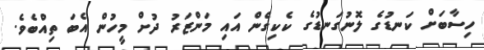
ހިސާބަށް ކަނޑުގެ ލޮނުގަނޑުގެ ކެކިގެން އައި މަންޒަރު ދުށް މީހުން އެބަ ތިއްބެވެ.